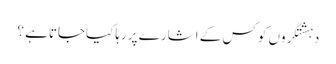
دہشتگروں کوکس کے اشارے پررہاکیاجاتاہے ؟